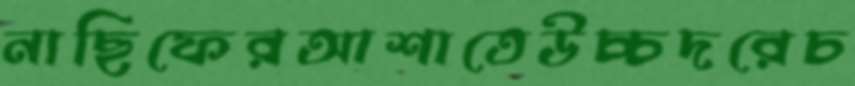
নাছিফেরআশাতেউচ্চদরেচ